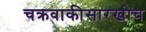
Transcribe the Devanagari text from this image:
चक्रवाकीसारखीच